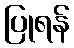
ပြုရန်